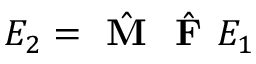
E _ { 2 } = \hat { \textbf { M } } \hat { \textbf { F } } E _ { 1 }